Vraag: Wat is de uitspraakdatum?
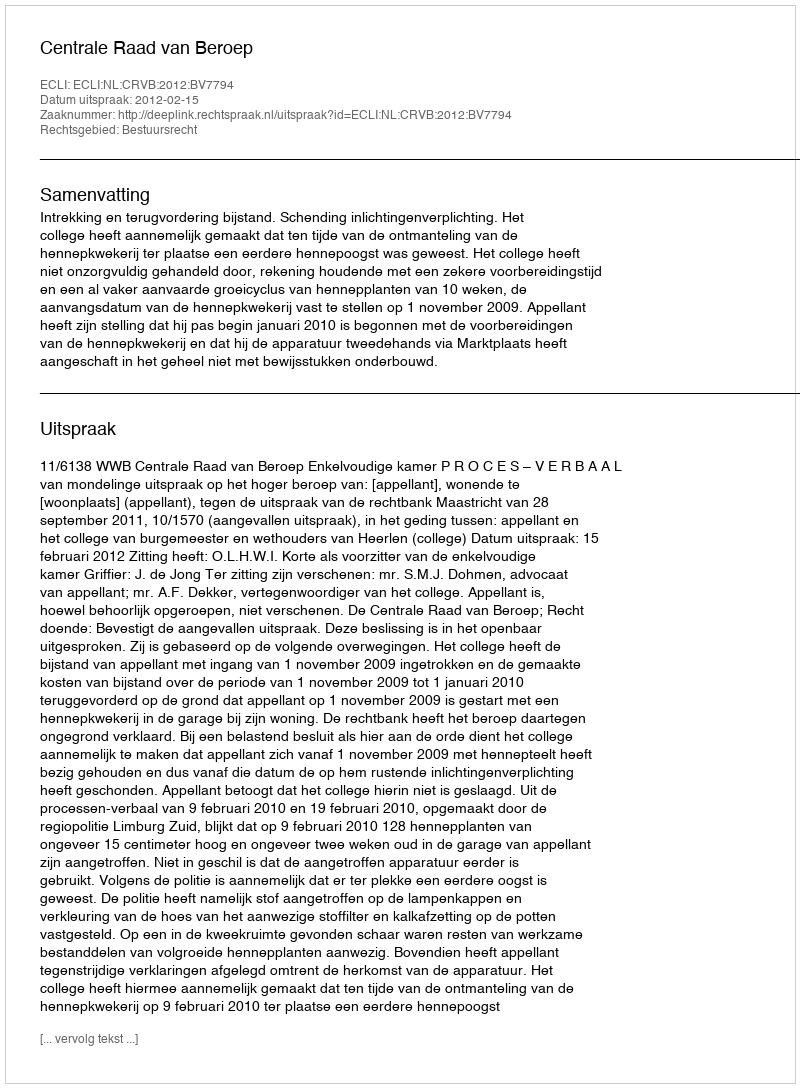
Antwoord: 2012-02-15